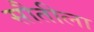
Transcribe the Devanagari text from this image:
सौतीला